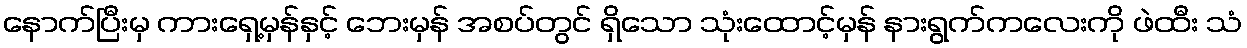
နောက်ပြီးမှ ကားရှေ့မှန်နှင့် ဘေးမှန် အစပ်တွင် ရှိသော သုံးထောင့်မှန် နားရွက်ကလေးကို ဖဲထီး သံ